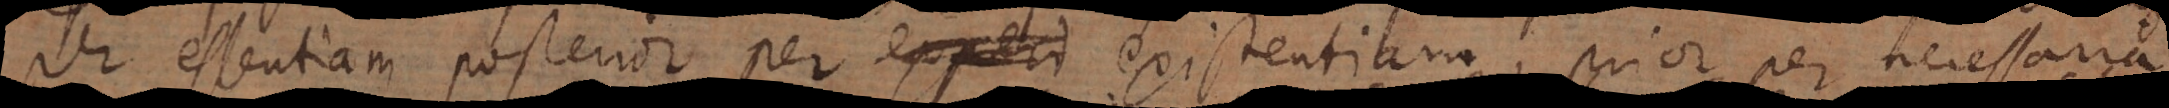
per essentiam, posterior per experi existentiam, prior per necessaria,